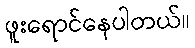
ဖူးရောင်နေပါတယ်။